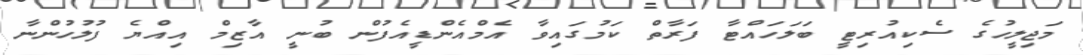
މަޖިލީހުގެ ސެކިއުރިޓީ ބަލަހައްޓާ ފަރާތް ކަމުގައިވާ އެމްއެންޑީއެފުން ބުނީ އާޒިމް އިއްޔެ ފުލުހުންނާ